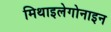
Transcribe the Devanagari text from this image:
मिथाइलेगोनाइन